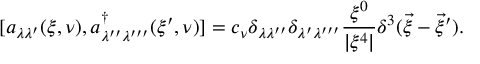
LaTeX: [ a _ { \lambda \lambda ^ { \prime } } ( \xi , \nu ) , a _ { \lambda ^ { \prime \prime } \lambda ^ { \prime \prime \prime } } ^ { \dag } ( \xi ^ { \prime } , \nu ) ] = c _ { \nu } \delta _ { \lambda \lambda ^ { \prime \prime } } \delta _ { \lambda ^ { \prime } \lambda ^ { \prime \prime \prime } } \frac { \xi ^ { 0 } } { | \xi ^ { 4 } | } \delta ^ { 3 } ( \vec { \xi } - \vec { \xi } ^ { \prime } ) .